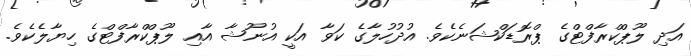
އަދި ލޫޕްކްރާފްޓްގެ ޕްރޮޑަކްޝަނެކެވެ. އުދުހުލާގެ ކަވާ އަކީ އުނޫޝާ އާއި ލޫޕްކްރާފްޓްގެ ހިޔާލެކެވެ.